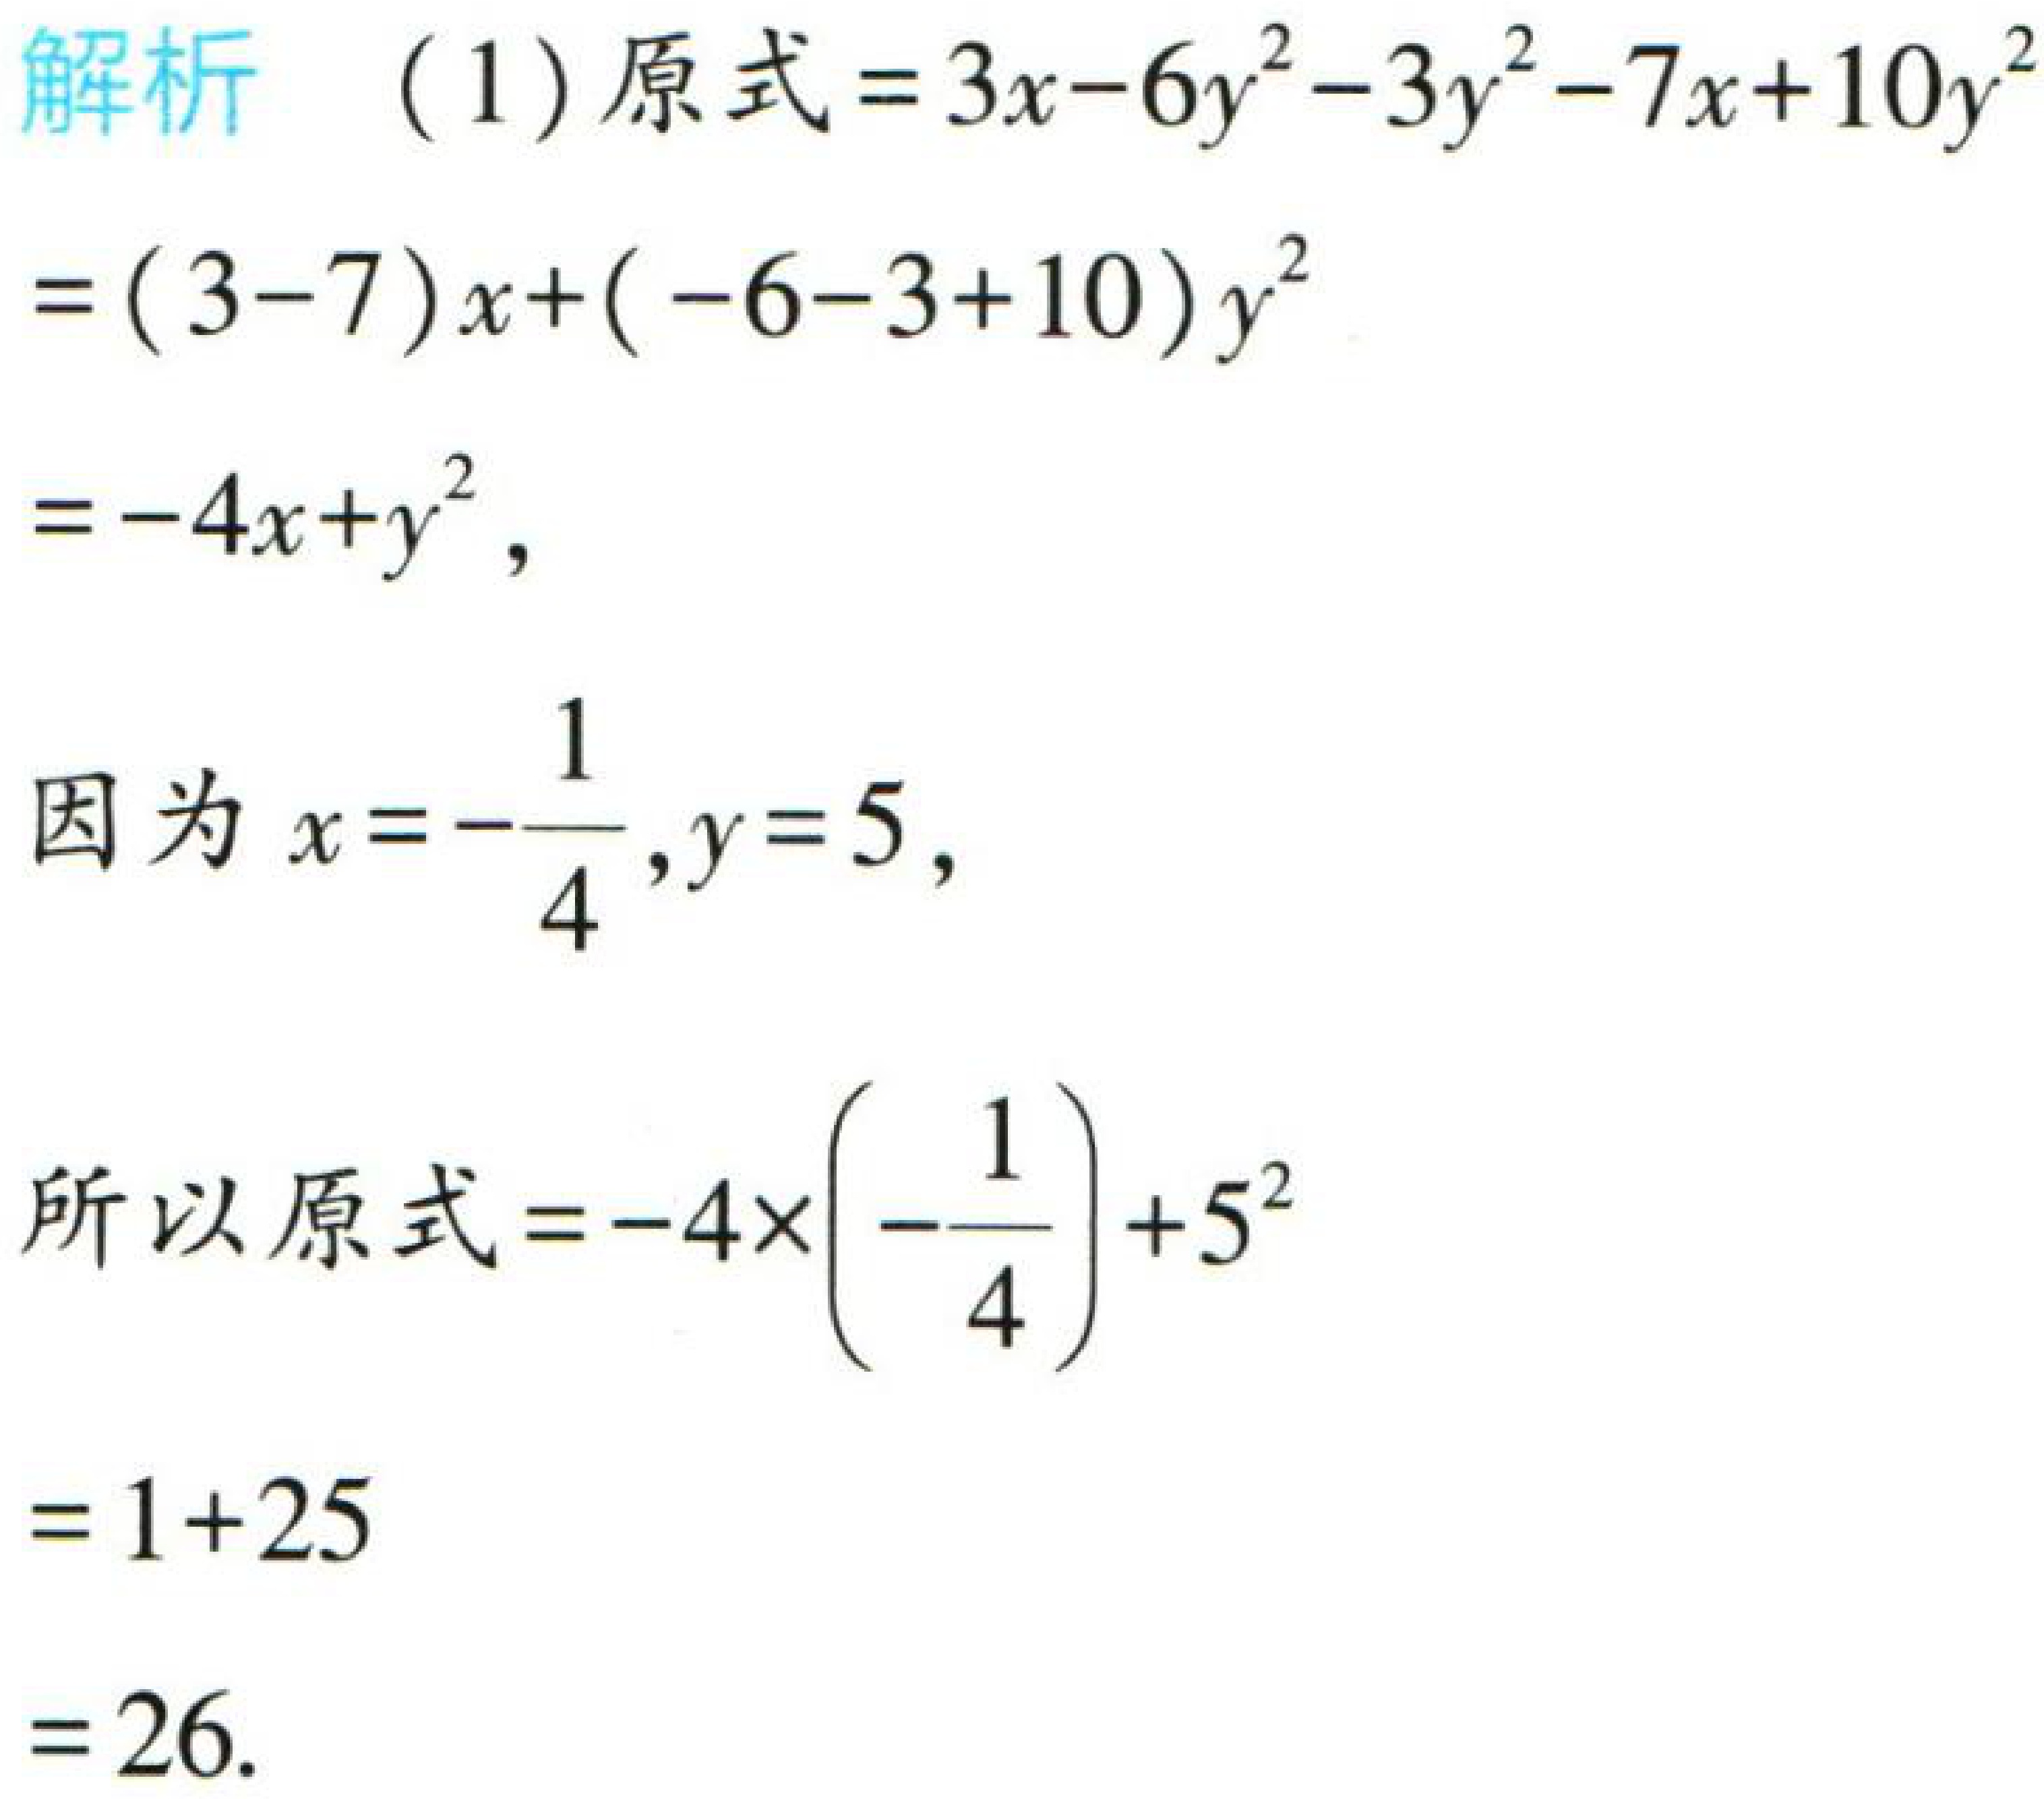
解析 （1）原式\(=3x - 6y^{2}-3y^{2}-7x + 10y^{2}\)

\(=(3 - 7)x+(-6 - 3 + 10)y^{2}\)

\(=-4x + y^{2}\)，

因为\(x = -\frac{1}{4},y = 5\)，

所以原式\(=-4\times(-\frac{1}{4})+5^{2}\)

\(=1 + 25\)

\(=26\)